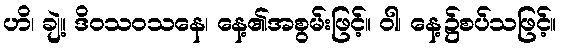
ဟိ၊ ချဲ့။ ဒိဝသဝသနေ၊ နေ့၏အစွမ်းဖြင့်။ ဝါ၊ နေ့၌စပ်သဖြင့်။